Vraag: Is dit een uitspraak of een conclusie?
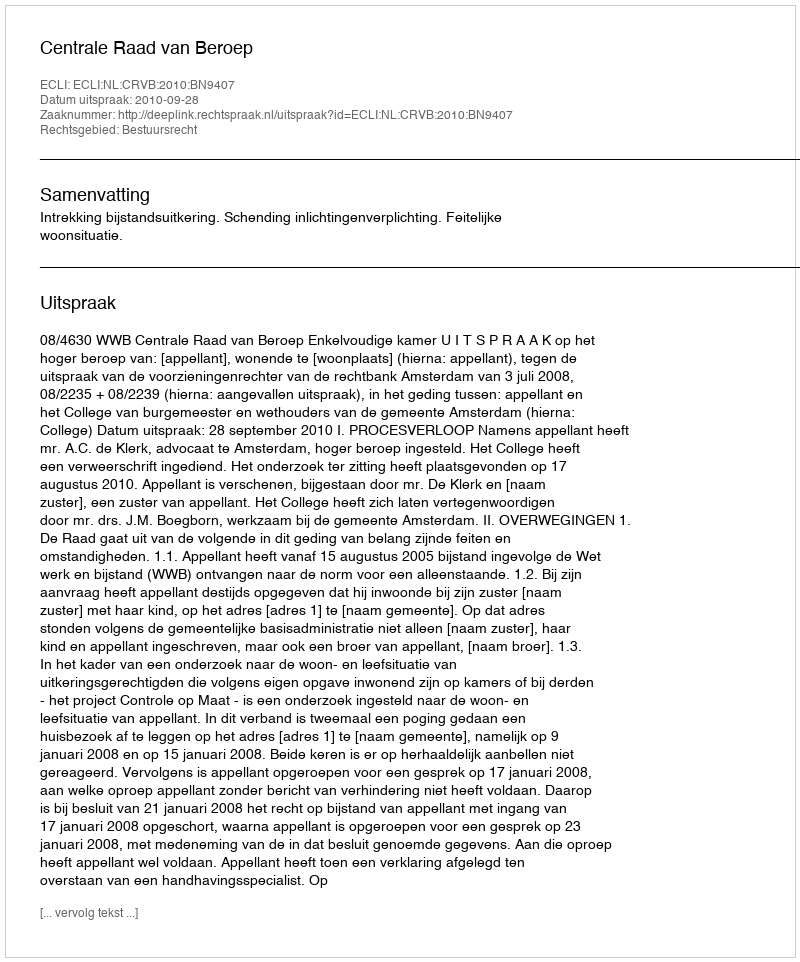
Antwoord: Uitspraak